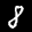
Label: 8